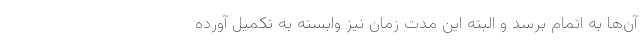
آن‌ها به اتمام برسد و البته این مدت زمان نیز وابسته به تکمیل آورده